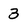
Character: 3